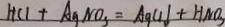
H C l + A g N O _ { 3 } = A g C l \downarrow + H N O _ { 3 }